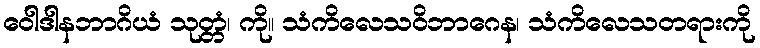
ဝေါဒါနဘာဂိယံ သုတ္တံ၊ ကို။ သံကိလေသဝိဘာဂေန၊ သံကိလေသတရားကို